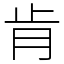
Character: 肯